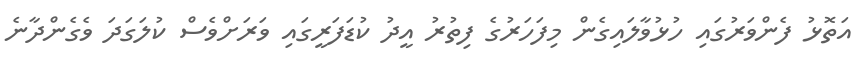
އަތޮޅު ފެންވަރުގައި ހުޅުވާލައިގެން މިފަހަރުގެ ފިތުރު އީދު ކުޑަފަރީގައި ވަރަށްވެސް ކުލަގަދަ ވެގެންދާނެ